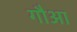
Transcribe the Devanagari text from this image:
गौआ